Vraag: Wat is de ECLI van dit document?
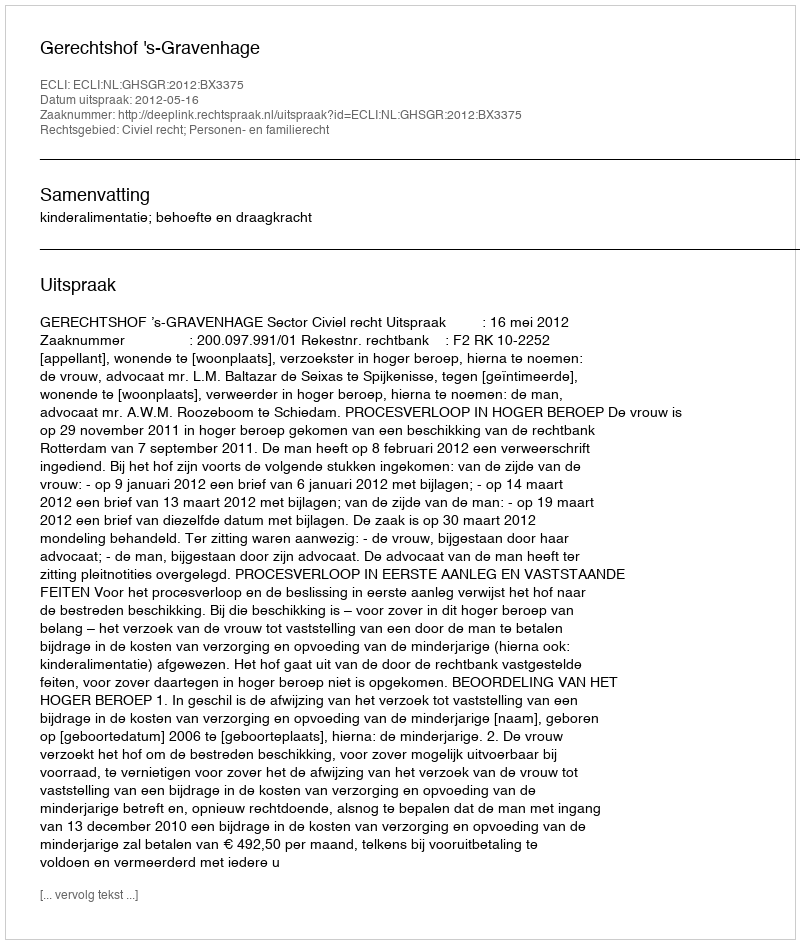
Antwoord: ECLI:NL:GHSGR:2012:BX3375